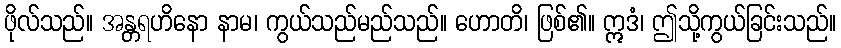
ဖိုလ်သည်။ အန္တရဟိနော နာမ၊ ကွယ်သည်မည်သည်။ ဟောတိ၊ ဖြစ်၏။ ဣဒံ၊ ဤသို့ကွယ်ခြင်းသည်။